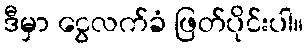
ဒီမှာ ငွေလက်ခံ ဖြတ်ပိုင်းပါ။